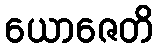
ယောဇေတိ